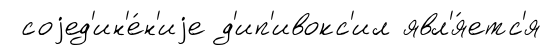
соjед'ин'е́н'иjе д'ип'ивокс'ил явл'я́етс'я